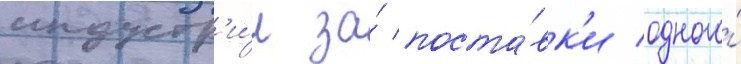
индустр'и́и за́ поста́вк'и одного́